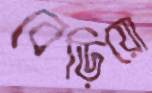
বেড়িয়ো